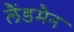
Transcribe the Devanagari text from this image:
लैंडमैन